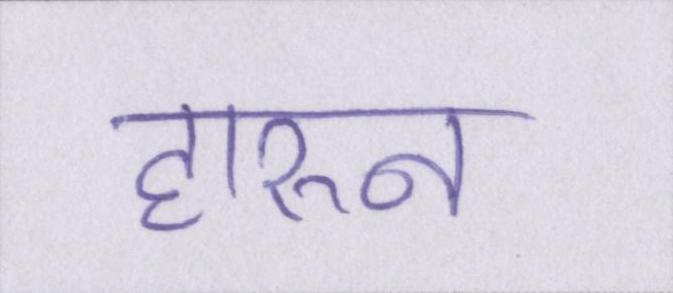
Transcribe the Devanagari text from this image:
हारुन